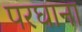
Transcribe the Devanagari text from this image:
परघाना